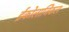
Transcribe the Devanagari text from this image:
ईकोलाजिकल